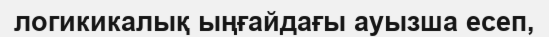
логикикалық ыңғайдағы ауызша есеп,